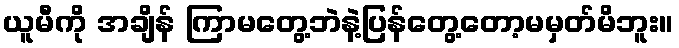
ယူမီကို အချိန် ကြာမတွေ့ဘဲနဲ့ပြန်တွေ့တော့မမှတ်မိဘူး။